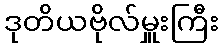
ဒုတိယဗိုလ်မှူးကြီး